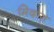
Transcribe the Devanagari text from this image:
मिदास